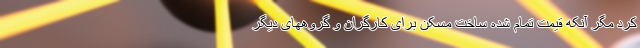
کرد مگر آنکه قیمت تمام شده ساخت مسکن برای کارگران و گروههای دیگر